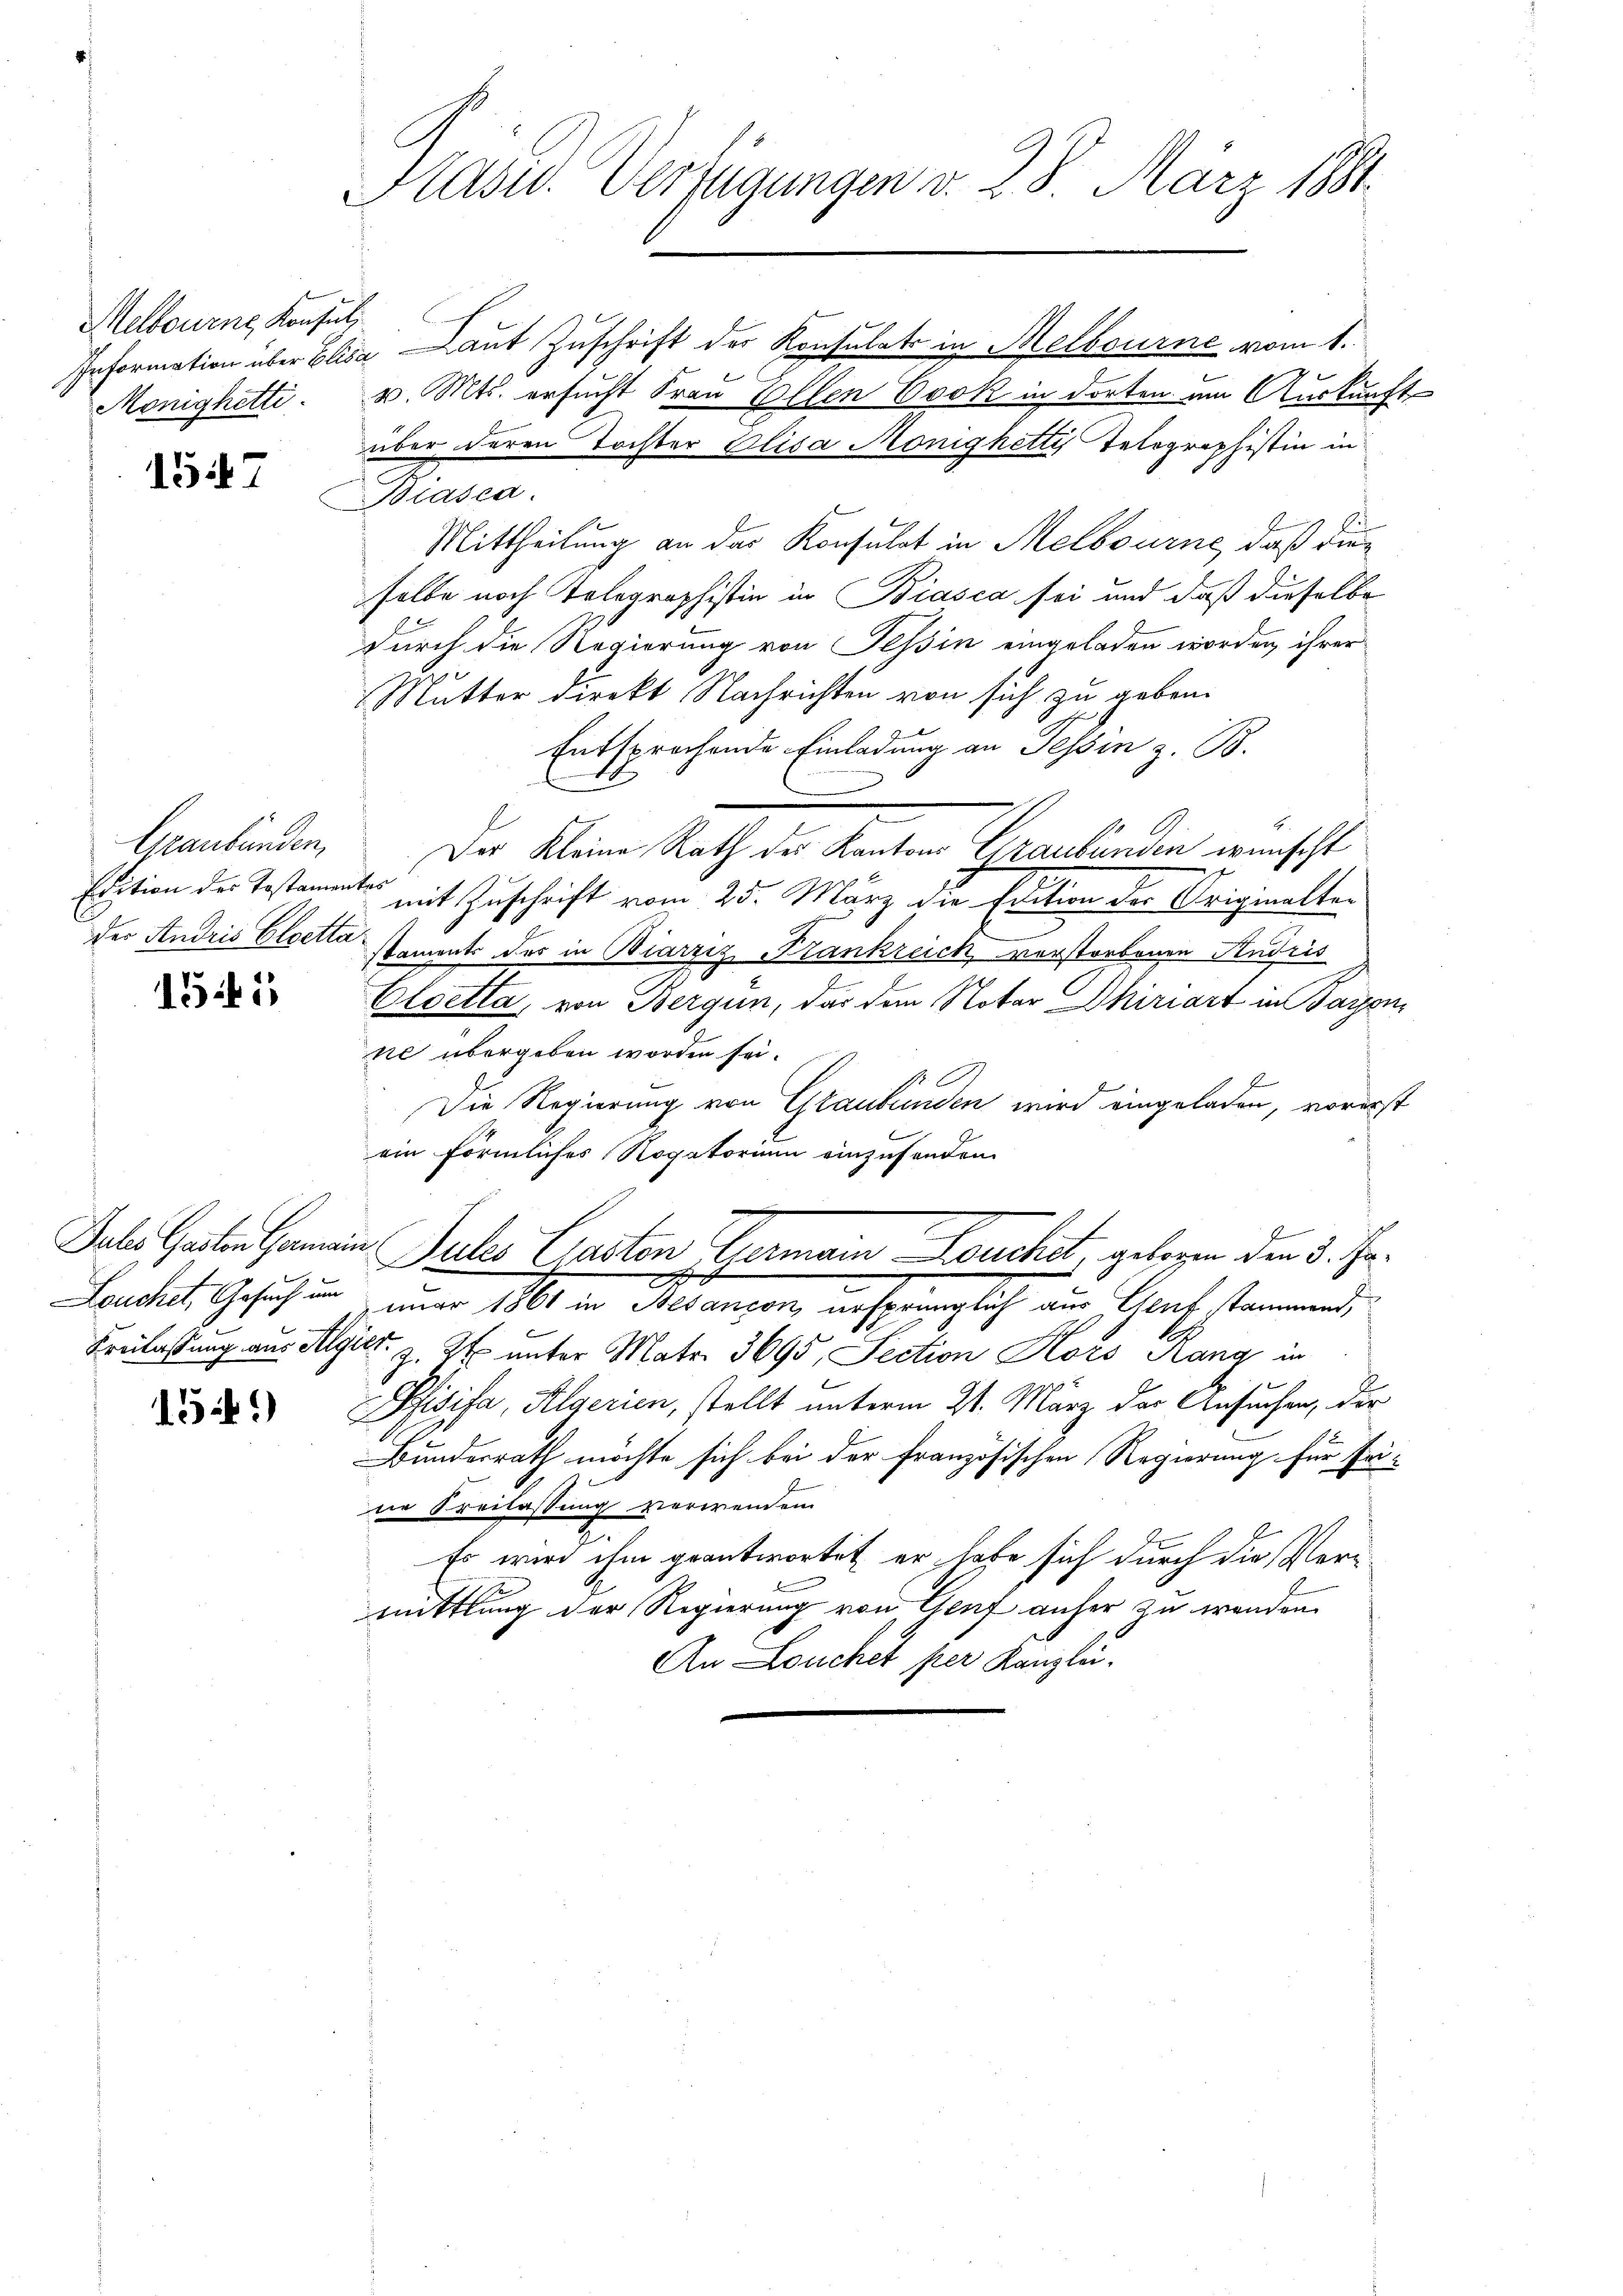
Melbourne Konsul

1547

Edition des Testamentes
der Andris Cloetta¬

155

Jales Garten Germain
Leuchet, Gesuch um

151)

Präsid. Verfügungen v. 28. März 1884.

Information über Elisa Laut Zuschrift der Konsulats in Melbourne vom 1.
Mönighetti. v. Mts. ersucht Frau Ellen Cook in dorten am Auskunft
Biasca.
Mittheilung an der Konsulat in Melbourne, daß dieselbe noch Telegraphistin in Biasca sei und daß dieselbe
durch die Regierung von Tessin eingeladen worden, ihrer
Mutter direkt Nachrichten von sich zu geben.
Entsprochende Einladung an Tessin z. B.
Hranbinden. Der Kleine Rath der Kanton Graubünden wünscht
mit Zuschrift vom 25. März die Edition der Originalten
staments des in Biarziz Frankreich verstorbenen Andris
Cloetta, von Bergün, das dem Notar Dhiriart in Baron
ne übergeben worden sei.
Die Regierung von Graubünden wird eingeladen, vorerst
ein förmliches Rogatorium
inzusenden
Juls Gasten Germann Deucht, gelegen den 5. Ja.
d
nuar 1861 in Besançon ursprünglich aus Genf stammend,
Freilassung aus Algier, z. Zt. unter Mater 3695, Section Hors Rang in
Pisifa, Algerien, stellt unterm 21. März der Ansuchen, der
Bunderrath möchte sich bei der Französischen Regierung für Erine Kreilassung verwenden
Es wird ihm geantwortet er habe sich durch die Vermittlung der Regierung von Genf anher zu wenden.
An Louchet per Kanzlei.

über deren Tochter Elisa Mönighetti, Telographistin in